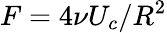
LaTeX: F=4\nu U_{c}/R^{2}